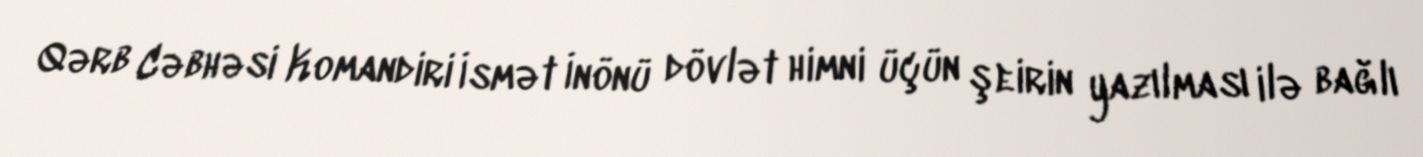
Qərb Cəbhəsi Komandiri İsmət İnönü dövlət himni üçün şeirin yazılması ilə bağlı